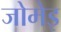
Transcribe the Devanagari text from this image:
जोमेइ